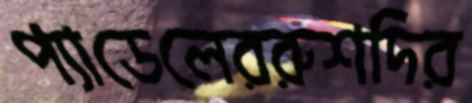
প্যাডেলেররুশদির